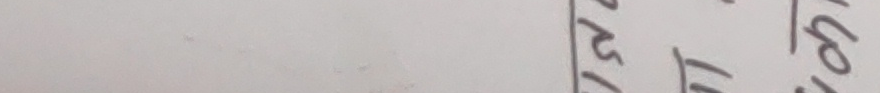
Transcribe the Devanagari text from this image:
सा१०